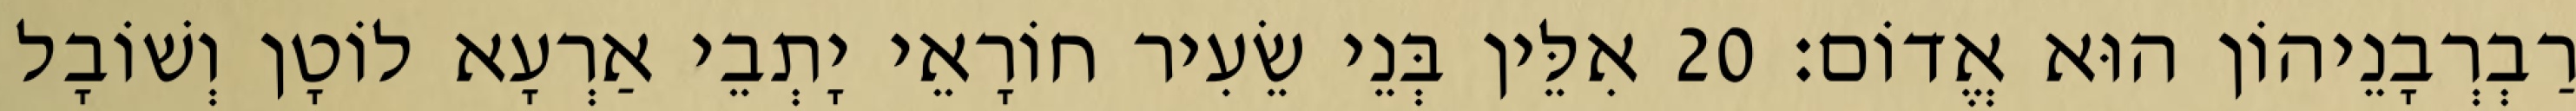
רַבְרְבָנֵיהוֹן הוּא אֱדוֹם׃ 20 אִלֵּין בְּנֵי שֵׂעִיר חוֹרָאֵי יָתְבֵי אַרְעָא לוֹטָן וְשׁוֹבָל